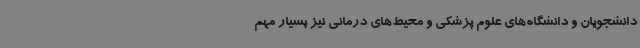
دانشجویان و دانشگاه‌های علوم پزشکی و محیط‌های درمانی نیز بسیار مهم